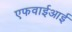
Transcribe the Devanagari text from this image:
एफवाईआई